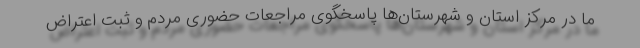
ما در مرکز استان و شهرستان‌ها پاسخگوی مراجعات حضوری مردم و ثبت اعتراض